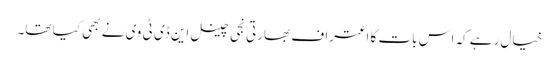
خیال رہے کہ اس بات کا اعتراف بھارتی نجی چینل این ڈی ٹی وی نے بھی کیا تھا۔